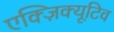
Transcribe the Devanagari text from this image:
एक्ज़िक्यूटिव